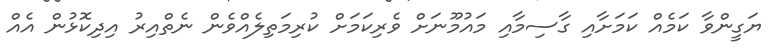
ޔަގީންވާ ކަމެއް ކަމަށާއި ގާސިމާއި މައުމޫނަށް ވެރިކަމަށް ކުރިމަތިލެއްވެން ނެތްއިރު އިދިކޮޅުން އެއް